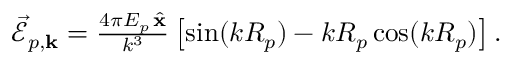
\begin{array} { r } { \vec { \mathcal { E } } _ { p , { \bf k } } = \frac { 4 \pi E _ { p } \, \hat { \bf x } } { k ^ { 3 } } \left[ \sin ( k R _ { p } ) - k R _ { p } \cos ( k R _ { p } ) \right] . } \end{array}